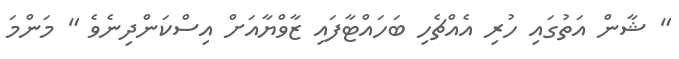
" ޝާން އަތުގައި ހުރި އެއްޗެހި ބަހައްޓާފައި ޒާވްޔާއަށް އިސްކަންދިނެވެ " މަންމަ